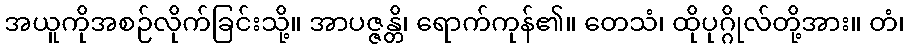
အယူကိုအစဉ်လိုက်ခြင်းသို့။ အာပဇ္ဇန္တိ၊ ရောက်ကုန်၏။ တေသံ၊ ထိုပုဂ္ဂိုလ်တို့အား။ တံ၊